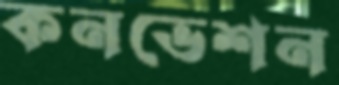
কনভেশন